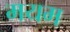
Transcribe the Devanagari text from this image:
मयम